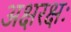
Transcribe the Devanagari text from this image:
अक्षरक्षः